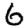
Digit: 6